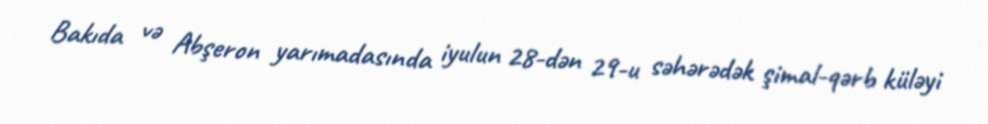
Bakıda və Abşeron yarımadasında iyulun 28-dən 29-u səhərədək şimal-qərb küləyi